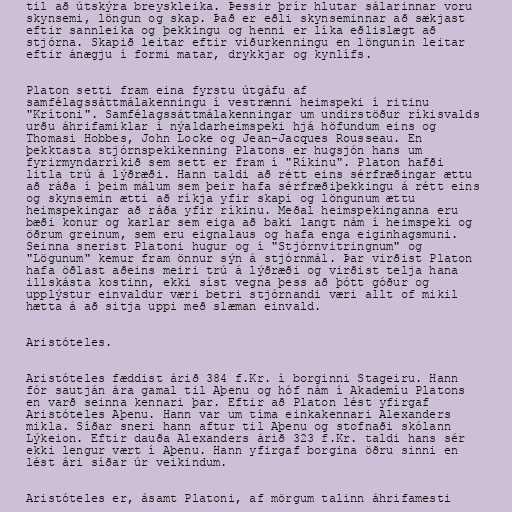
til að útskýra breyskleika. Þessir þrír hlutar sálarinnar voru
skynsemi, löngun og skap. Það er eðli skynseminnar að sækjast
eftir sannleika og þekkingu og henni er líka eðlislægt að
stjórna. Skapið leitar eftir viðurkenningu en löngunin leitar
eftir ánægju í formi matar, drykkjar og kynlífs.

Platon setti fram eina fyrstu útgáfu af
samfélagssáttmálakenningu í vestrænni heimspeki í ritinu
"Krítoni". Samfélagssáttmálakenningar um undirstöður ríkisvalds
urðu áhrifamiklar í nýaldarheimspeki hjá höfundum eins og
Thomasi Hobbes, John Locke og Jean-Jacques Rousseau. En
þekktasta stjórnspekikenning Platons er hugsjón hans um
fyrirmyndarríkið sem sett er fram í "Ríkinu". Platon hafði
litla trú á lýðræði. Hann taldi að rétt eins sérfræðingar ættu
að ráða í þeim málum sem þeir hafa sérfræðiþekkingu á rétt eins
og skynsemin ætti að ríkja yfir skapi og löngunum ættu
heimspekingar að ráða yfir ríkinu. Meðal heimspekinganna eru
bæði konur og karlar sem eiga að baki langt nám í heimspeki og
öðrum greinum, sem eru eignalaus og hafa enga eiginhagsmuni.
Seinna snerist Platoni hugur og í "Stjórnvitringnum" og
"Lögunum" kemur fram önnur sýn á stjórnmál. Þar virðist Platon
hafa öðlast aðeins meiri trú á lýðræði og virðist telja hana
illskásta kostinn, ekki síst vegna þess að þótt góður og
upplýstur einvaldur væri betri stjórnandi væri allt of mikil
hætta á að sitja uppi með slæman einvald.

Aristóteles.

Aristóteles fæddist árið 384 f.Kr. í borginni Stageiru. Hann
fór sautján ára gamal til Aþenu og hóf nám í Akademíu Platons
en varð seinna kennari þar. Eftir að Platon lést yfirgaf
Aristóteles Aþenu. Hann var um tíma einkakennari Alexanders
mikla. Síðar sneri hann aftur til Aþenu og stofnaði skólann
Lýkeion. Eftir dauða Alexanders árið 323 f.Kr. taldi hans sér
ekki lengur vært í Aþenu. Hann yfirgaf borgina öðru sinni en
lést ári síðar úr veikindum.

Aristóteles er, ásamt Platoni, af mörgum talinn áhrifamesti